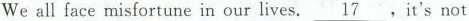
We all face misfortune in our lives.\underline{17}，it's not